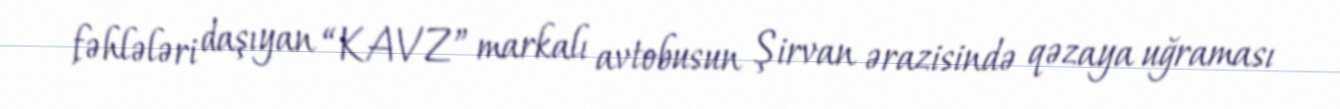
fəhlələri daşıyan “KAVZ” markalı avtobusun Şirvan ərazisində qəzaya uğraması